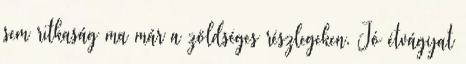
sem ritkaság ma már a zöldséges részlegeken. Jó étvágyat